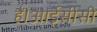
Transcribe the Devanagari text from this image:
हैं।आईसीसी